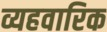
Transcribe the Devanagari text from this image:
व्यहवारिक